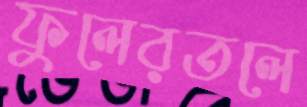
ফুলেরতলে